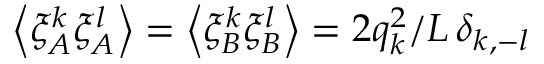
\left\langle \xi _ { A } ^ { k } \xi _ { A } ^ { l } \right\rangle = \left\langle \xi _ { B } ^ { k } \xi _ { B } ^ { l } \right\rangle = 2 q _ { k } ^ { 2 } / L \, \delta _ { k , - l }